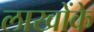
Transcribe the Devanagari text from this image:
लाखोंके